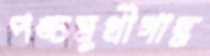
পঙ্চমুখীগান্ধ